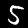
Label: 5